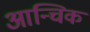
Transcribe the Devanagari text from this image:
आन्चिक